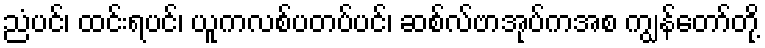
ညံပင်၊ ထင်းရပင်၊ ယူကလစ်ပတပ်ပင်၊ ဆစ်လ်ဗာအုပ်ကအစ ကျွန်တော်တို့